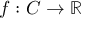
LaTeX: f : C \to \mathbb { R }